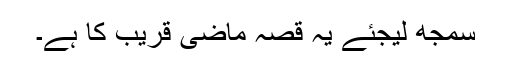
سمجھ لیجئے یہ قصہ ماضی قریب کا ہے۔